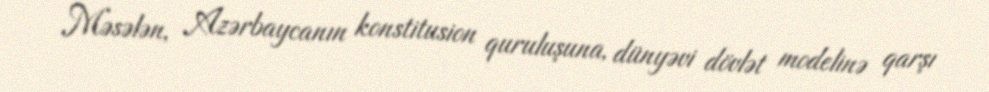
Məsələn, Azərbaycanın konstitusion quruluşuna, dünyəvi dövlət modelinə qarşı